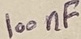
Text: 100nF